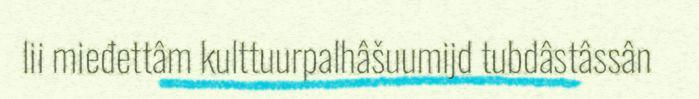
lii mieđettâm kulttuurpalhâšuumijd tubdâstâssân